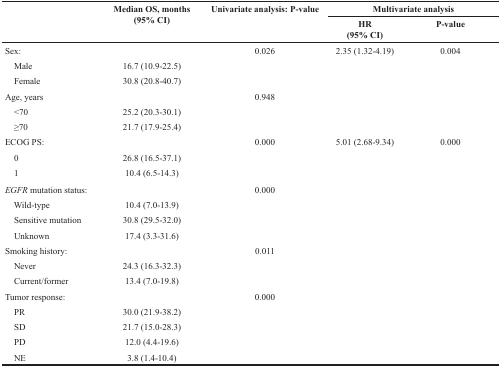
<table><thead><tr><td rowspan="2"></td><td rowspan="2"><b>Median OS, months(95% CI)</b></td><td rowspan="2"><b>Univariate analysis: P-value</b></td><td colspan="2"><b>Multivariate analysis</b></td></tr><tr><td><b>HR(95% CI)</b></td><td><b>P-value</b></td></tr></thead><tbody><tr><td>Sex:</td><td></td><td>0.026</td><td>2.35 (1.32-4.19)</td><td>0.004</td></tr><tr><td> Male</td><td>16.7 (10.9-22.5)</td><td></td><td></td><td></td></tr><tr><td> Female</td><td>30.8 (20.8-40.7)</td><td></td><td></td><td></td></tr><tr><td>Age, years</td><td></td><td>0.948</td><td></td><td></td></tr><tr><td> &lt;70</td><td>25.2 (20.3-30.1)</td><td></td><td></td><td></td></tr><tr><td> ≥70</td><td>21.7 (17.9-25.4)</td><td></td><td></td><td></td></tr><tr><td>ECOG PS:</td><td></td><td>0.000</td><td>5.01 (2.68-9.34)</td><td>0.000</td></tr><tr><td> 0</td><td>26.8 (16.5-37.1)</td><td></td><td></td><td></td></tr><tr><td> 1</td><td>10.4 (6.5-14.3)</td><td></td><td></td><td></td></tr><tr><td><i>EGFR</i> mutation status:</td><td></td><td>0.000</td><td></td><td></td></tr><tr><td> Wild-type</td><td>10.4 (7.0-13.9)</td><td></td><td></td><td></td></tr><tr><td> Sensitive mutation</td><td>30.8 (29.5-32.0)</td><td></td><td></td><td></td></tr><tr><td> Unknown</td><td>17.4 (3.3-31.6)</td><td></td><td></td><td></td></tr><tr><td>Smoking history:</td><td></td><td>0.011</td><td></td><td></td></tr><tr><td> Never</td><td>24.3 (16.3-32.3)</td><td></td><td></td><td></td></tr><tr><td> Current/former</td><td>13.4 (7.0-19.8)</td><td></td><td></td><td></td></tr><tr><td>Tumor response:</td><td></td><td>0.000</td><td></td><td></td></tr><tr><td> PR</td><td>30.0 (21.9-38.2)</td><td></td><td></td><td></td></tr><tr><td> SD</td><td>21.7 (15.0-28.3)</td><td></td><td></td><td></td></tr><tr><td> PD</td><td>12.0 (4.4-19.6)</td><td></td><td></td><td></td></tr><tr><td> NE</td><td>3.8 (1.4-10.4)</td><td></td><td></td><td></td></tr></tbody></table>